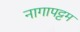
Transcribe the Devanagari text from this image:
नागापट्टम